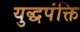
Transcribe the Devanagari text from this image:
युद्धपंक्ति